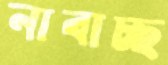
নাবাচ্ছ